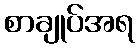
စာချုပ်အရ